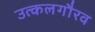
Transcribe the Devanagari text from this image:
उत्कलगौरव